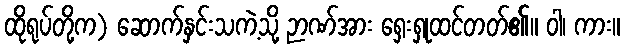
ထိုရုပ်တို့က) ဆောက်နှင်းသကဲ့သို့ ဉာဏ်အား ရှေးရှုထင်တတ်၏။ ဝါ၊ ကား။